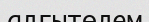
алғытөлем